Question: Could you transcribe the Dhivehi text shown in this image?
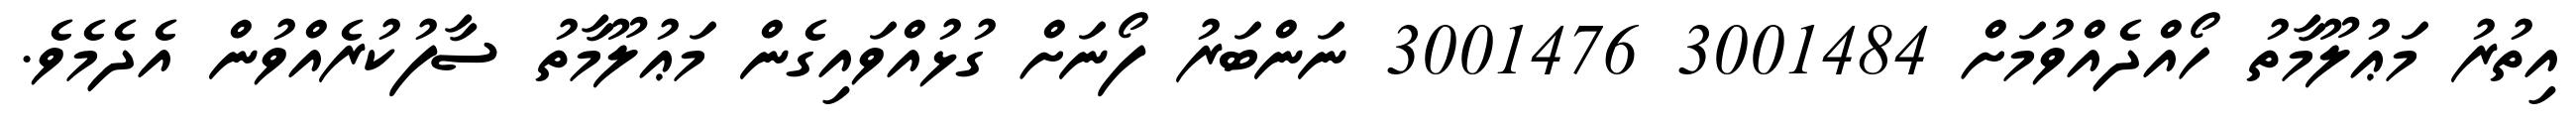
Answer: އިތުރު މަޢުލޫމާތު ހޯއްދެއްވުމަށް 3001484 3001476 ނަންބަރު ފޯނަށް ގުޅުއްވައިގެން މަޢުލޫމާތު ސާފުކުރެއްވުން އެދެމެވެ.